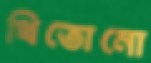
থিতোনো